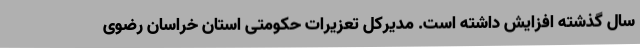
سال گذشته افزایش داشته‌ است. مدیرکل تعزیرات حکومتی استان خراسان رضوی